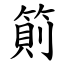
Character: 䈟